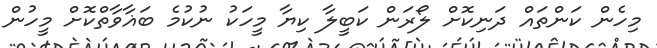
މިހެން ކަންތައް ދަނިކޮށް ލޯރަން ކަބީލާ ކިޔާ މީހަކު ނުކުމެ ބަޣާވާތްކޮށް މީހުން